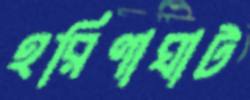
হরিণাঘাট